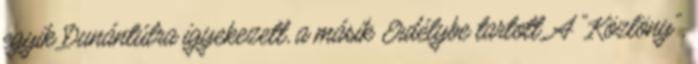
egyik Dunántúlra igyekezett, a másik Erdélybe tartott. A "Közlöny",